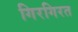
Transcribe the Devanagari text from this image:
गिरगिरत